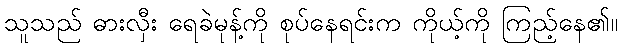
သူသည် ဓားလှီး ရေခဲမုန့်ကို စုပ်နေရင်းက ကိုယ့်ကို ကြည့်နေ၏။